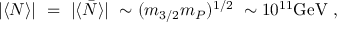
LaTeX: | \langle N \rangle | ~ = ~ | \langle \bar { N } \rangle | ~ \sim ( m _ { 3 / 2 } m _ { P } ) ^ { 1 / 2 } ~ \sim 1 0 ^ { 1 1 } \mathrm { { G e V } } ~ ,